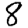
Digit: 8